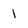
Character: 1